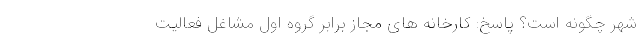
شهر چگونه است؟ پاسخ: کارخانه های مجاز برابر گروه اول مشاغل فعالیت